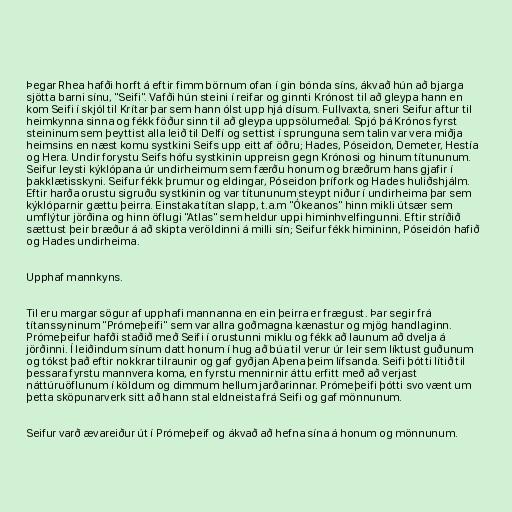
Þegar Rhea hafði horft á eftir fimm börnum ofan í gin bónda síns, ákvað hún að bjarga
sjötta barni sínu, "Seifi". Vafði hún steini í reifar og ginnti Krónost til að gleypa hann en
kom Seifi í skjól til Krítar þar sem hann ólst upp hjá dísum. Fullvaxta, sneri Seifur aftur til
heimkynna sinna og fékk föður sinn til að gleypa uppsölumeðal. Spjó þá Krónos fyrst
steininum sem þeyttist alla leið til Delfí og settist í sprunguna sem talin var vera miðja
heimsins en næst komu systkini Seifs upp eitt af öðru; Hades, Póseidon, Demeter, Hestía
og Hera. Undir forystu Seifs hófu systkinin uppreisn gegn Krónosi og hinum títununum.
Seifur leysti kýklópana úr undirheimum sem færðu honum og bræðrum hans gjafir í
þakklætisskyni. Seifur fékk þrumur og eldingar, Póseidon þrífork og Hades huliðshjálm.
Eftir harða orustu sigruðu systkinin og var títununum steypt niður í undirheima þar sem
kýklóparnir gættu þeirra. Einstaka títan slapp, t.a.m "Ókeanos" hinn mikli útsær sem
umflýtur jörðina og hinn öflugi "Atlas" sem heldur uppi himinhvelfingunni. Eftir stríðið
sættust þeir bræður á að skipta veröldinni á milli sín; Seifur fékk himininn, Póseidón hafið
og Hades undirheima.

Upphaf mannkyns.

Til eru margar sögur af upphafi mannanna en ein þeirra er frægust. Þar segir frá
títanssyninum "Prómeþeifi" sem var allra goðmagna kænastur og mjög handlaginn.
Prómeþeifur hafði staðið með Seifi í orustunni miklu og fékk að launum að dvelja á
jörðinni. Í leiðindum sínum datt honum í hug að búa til verur úr leir sem líktust guðunum
og tókst það eftir nokkrar tilraunir og gaf gyðjan Aþena þeim lífsanda. Seifi þótti lítið til
þessara fyrstu mannvera koma, en fyrstu mennirnir áttu erfitt með að verjast
náttúruöflunum í köldum og dimmum hellum jarðarinnar. Prómeþeifi þótti svo vænt um
þetta sköpunarverk sitt að hann stal eldneista frá Seifi og gaf mönnunum.

Seifur varð ævareiður út í Prómeþeif og ákvað að hefna sína á honum og mönnunum.